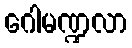
ဂေါမဏ္ဍလာ